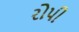
રોપી